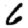
Digit: 6